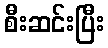
စီးဆင်းပြီး